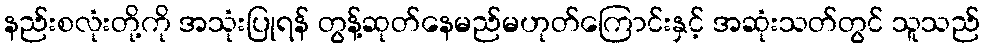
နည်းစလုံးတို့ကို အသုံးပြုရန် တွန့်ဆုတ်နေမည်မဟုတ်ကြောင်းနှင့် အဆုံးသတ်တွင် သူသည်